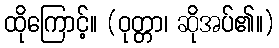
ထိုကြောင့်။ (ဝုတ္တာ၊ ဆိုအပ်၏။)